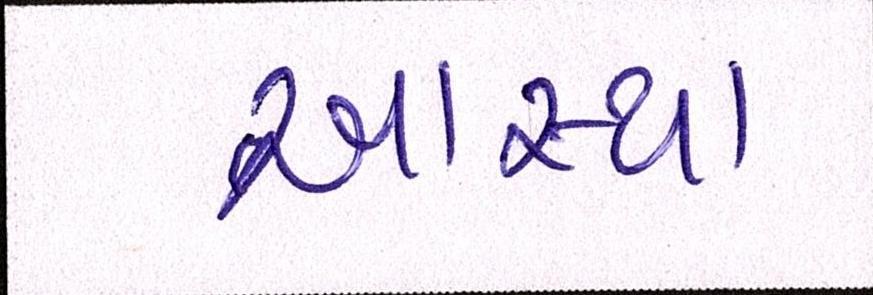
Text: આસ્થા